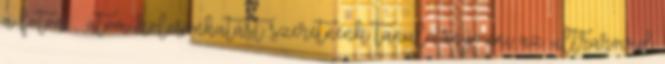
a foton – atom kölcsönhatást szeretnénk tanulmányozni az ultrarövid